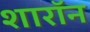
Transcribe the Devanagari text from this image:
शारॉन